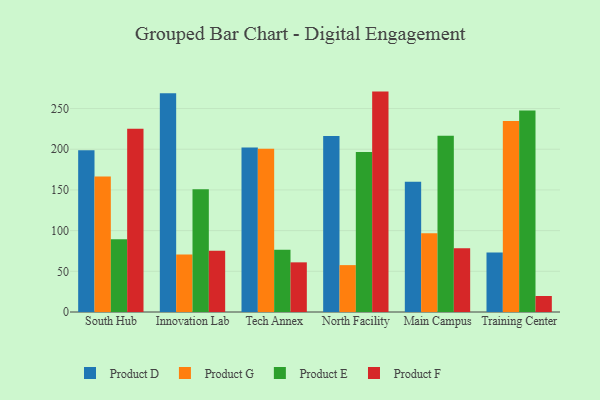
{"axis": {"x": "Campus", "y": "Backlog"}, "legend": ["Product D", "Product E", "Product F", "Product G"], "data": [{"x": "South Hub", "y": 198.6, "type": "Product D"}, {"x": "South Hub", "y": 166.5, "type": "Product G"}, {"x": "South Hub", "y": 89.4, "type": "Product E"}, {"x": "South Hub", "y": 225.2, "type": "Product F"}, {"x": "Innovation Lab", "y": 268.7, "type": "Product D"}, {"x": "Innovation Lab", "y": 70.6, "type": "Product G"}, {"x": "Innovation Lab", "y": 150.7, "type": "Product E"}, {"x": "Innovation Lab", "y": 75.4, "type": "Product F"}, {"x": "Tech Annex", "y": 202.2, "type": "Product D"}, {"x": "Tech Annex", "y": 200.6, "type": "Product G"}, {"x": "Tech Annex", "y": 76.4, "type": "Product E"}, {"x": "Tech Annex", "y": 61.0, "type": "Product F"}, {"x": "North Facility", "y": 216.4, "type": "Product D"}, {"x": "North Facility", "y": 57.6, "type": "Product G"}, {"x": "North Facility", "y": 196.5, "type": "Product E"}, {"x": "North Facility", "y": 270.8, "type": "Product F"}, {"x": "Main Campus", "y": 160.0, "type": "Product D"}, {"x": "Main Campus", "y": 96.8, "type": "Product G"}, {"x": "Main Campus", "y": 216.7, "type": "Product E"}, {"x": "Main Campus", "y": 78.4, "type": "Product F"}, {"x": "Training Center", "y": 73.0, "type": "Product D"}, {"x": "Training Center", "y": 234.6, "type": "Product G"}, {"x": "Training Center", "y": 247.7, "type": "Product E"}, {"x": "Training Center", "y": 19.7, "type": "Product F"}]}